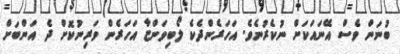
ބުނަން ވެސް އޭނައަކަށް ނުކެރުނެވެ. އަހަރެންދެކެ ލޯބިވަންޏާ އަހަރެން ވަރިނުކޮށް ދެ އަންބަށް